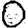
Digit: 0